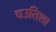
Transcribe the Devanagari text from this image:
चउतिशा